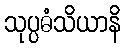
သုပ္ပဓံသိယာနိ